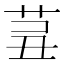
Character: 𦮊